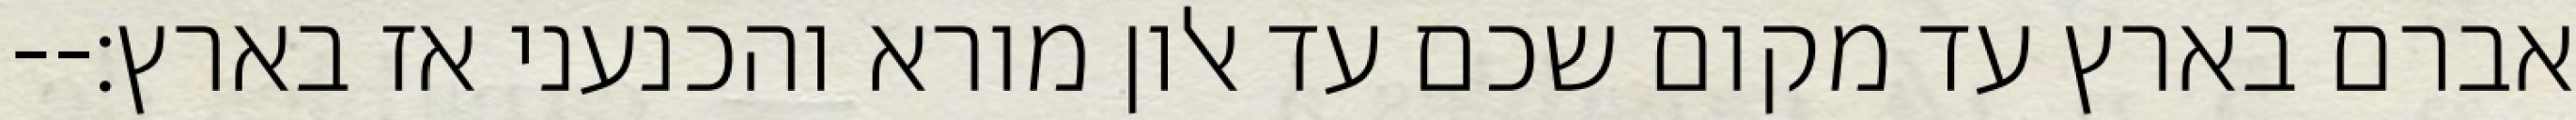
אברם בארץ עד מקום שכם עד אלון מורא והכנעני אז בארץ׃--